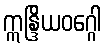
ဣန္ဒြိယဝဂ္ဂေါ